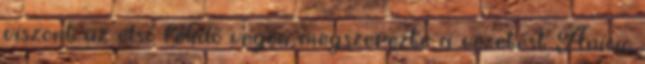
viszont az első félidő végén megszerezte a vezetést Anicic